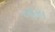
ખાસ